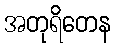
အတုရိတေန